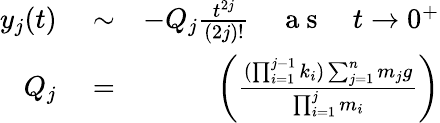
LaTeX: \begin{array}{rlr}{y_{j}(t)}&{{}\sim}&{-Q_{j}\frac{t^{2j}}{(2j)!}\quad\mathrm{~a~s~}\quad t\rightarrow 0^{+}}\\ {Q_{j}}&{{}=}&{\left(\frac{(\prod_{i=1}^{j-1}k_{i})\sum_{j=1}^{n}m_{j}g}{\prod_{i=1}^{j}m_{i}}\right)}\end{array}